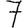
Digit: 7